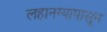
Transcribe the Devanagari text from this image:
लहानग्यापासून